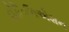
ઈનિશિએશન